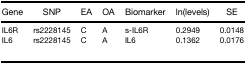
<table><thead><tr><td><b>Gene</b></td><td><b>SNP</b></td><td><b>EA</b></td><td><b>OA</b></td><td><b>Biomarker</b></td><td><b>ln(levels)</b></td><td><b>SE</b></td></tr></thead><tbody><tr><td>IL6R</td><td>rs2228145</td><td>C</td><td>A</td><td>s-IL6R</td><td>0.2949</td><td>0.0148</td></tr><tr><td>IL6</td><td>rs2228145</td><td>C</td><td>A</td><td>IL6</td><td>0.1362</td><td>0.0176</td></tr></tbody></table>